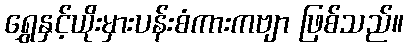
ရွှေနှင့်ယိုးမှားပန်းစံကားကဗျာ ဖြစ်သည်။